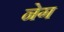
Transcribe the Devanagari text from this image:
नेग